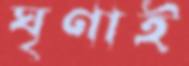
ঘৃণাই